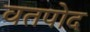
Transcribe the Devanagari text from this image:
वतपोद